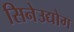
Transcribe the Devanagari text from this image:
सिनेउद्योग